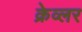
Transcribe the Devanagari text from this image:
क्रेव्लर